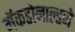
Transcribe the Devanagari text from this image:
मॅकडोनाल्डने